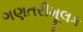
ગણતરીમૂલક